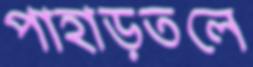
পাহাড়তলে